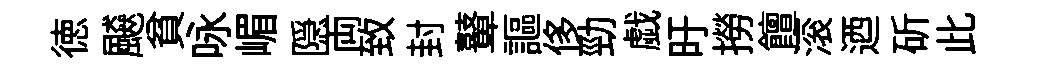
徳飇貧咏嵋隠両致封鼙謳侈勁戯旴撈饘滚迺斫此